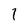
Character: 1